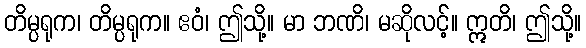
တိမ္ပရုက၊ တိမ္ပရုက။ ဧဝံ၊ ဤသို့။ မာ ဘဏိ၊ မဆိုလင့်။ ဣတိ၊ ဤသို့။